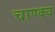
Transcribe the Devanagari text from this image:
चाण्क्य